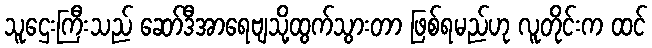
သူဌေးကြီးသည် ဆော်ဒီအာရေဗျသို့ထွက်သွားတာ ဖြစ်ရမည်ဟု လူတိုင်းက ထင်